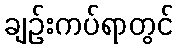
ချဉ်းကပ်ရာတွင်